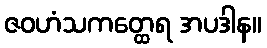
ဇဝဟံသကတ္ထေရ အပဒါန။